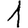
Digit: 1